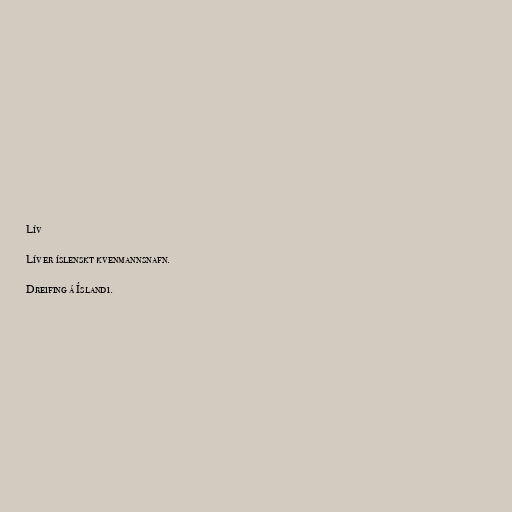
Lív

Lív er íslenskt kvenmannsnafn.

Dreifing á Íslandi.